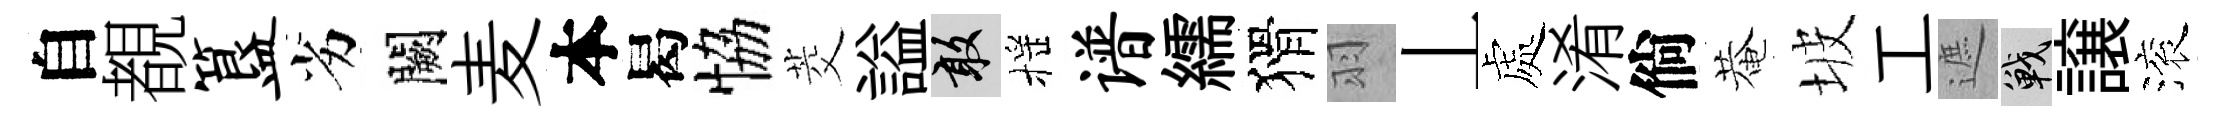
自覩簋劣闕麦本曷恊茭謚敢摇谱繻猾羽丄處淆倘菴坡工遮戰譲滚